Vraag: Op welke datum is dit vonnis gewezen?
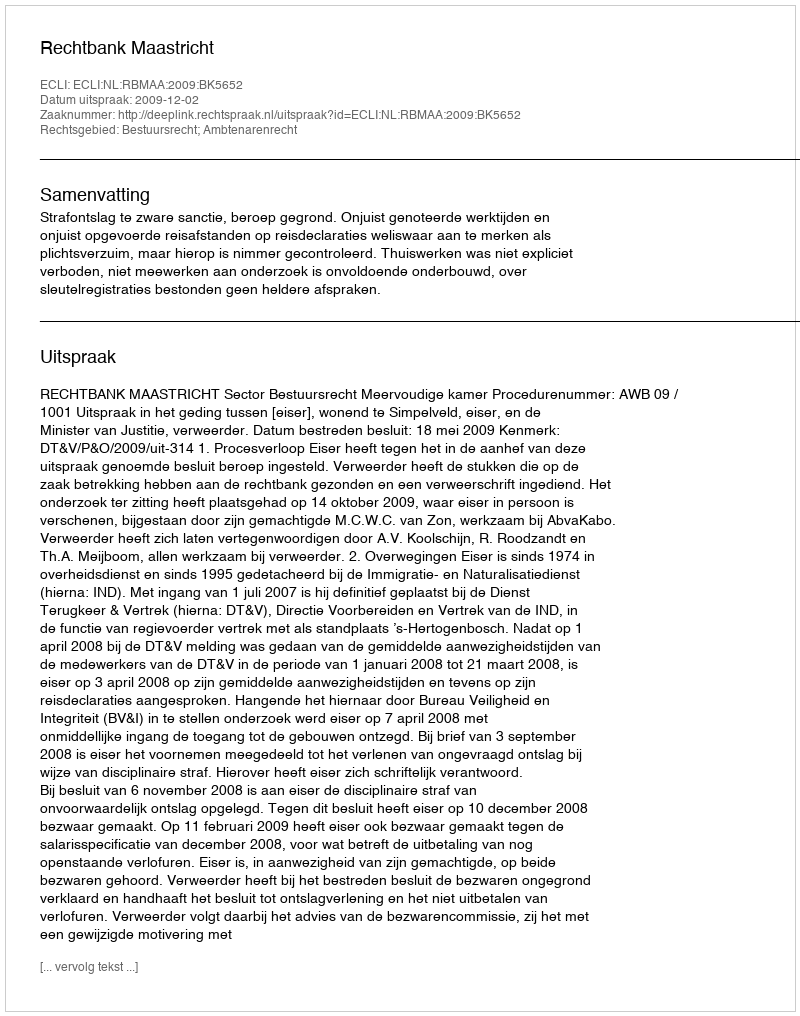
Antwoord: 2009-12-02